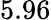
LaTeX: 5.96